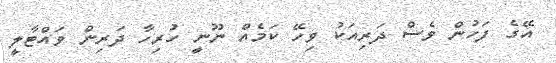
އޭގެ ފަހުން ވެސް ދަރިއަކު ވިހޭ ކަމެއް ނޫނީ ހުރިހާ ދަރިން ވައްޓާލީ